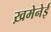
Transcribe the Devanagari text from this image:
ख़मेनेई